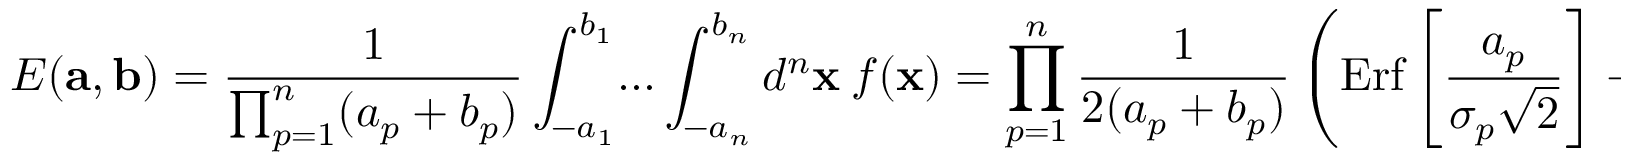
E ( { \bf a } , { \bf b } ) = { \frac { 1 } { \prod _ { p = 1 } ^ { n } ( a _ { p } + b _ { p } ) } } \int _ { - a _ { 1 } } ^ { b _ { 1 } } \! \dots \int _ { - a _ { n } } ^ { b _ { n } } d ^ { n } { \bf x } \ f ( { \bf x } ) = \prod _ { p = 1 } ^ { n } { \frac { 1 } { 2 ( a _ { p } + b _ { p } ) } } \left( \mathrm { E r f } \left[ { \frac { a _ { p } } { \sigma _ { p } \sqrt 2 } } \right] + \mathrm { E r f } \left[ { \frac { b _ { p } } { \sigma _ { p } \sqrt 2 } } \right] \right) \, ,